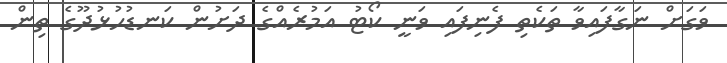
ވަގަށް ނަގާފައިވާ ތަކެތި ފެނިފައި ވަނީ ކޯޓު އަމުރެއްގެ ދަށުން ކަނޑުހުޅުދޫގެ ތިން